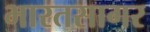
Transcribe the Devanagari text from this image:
भारतसागर